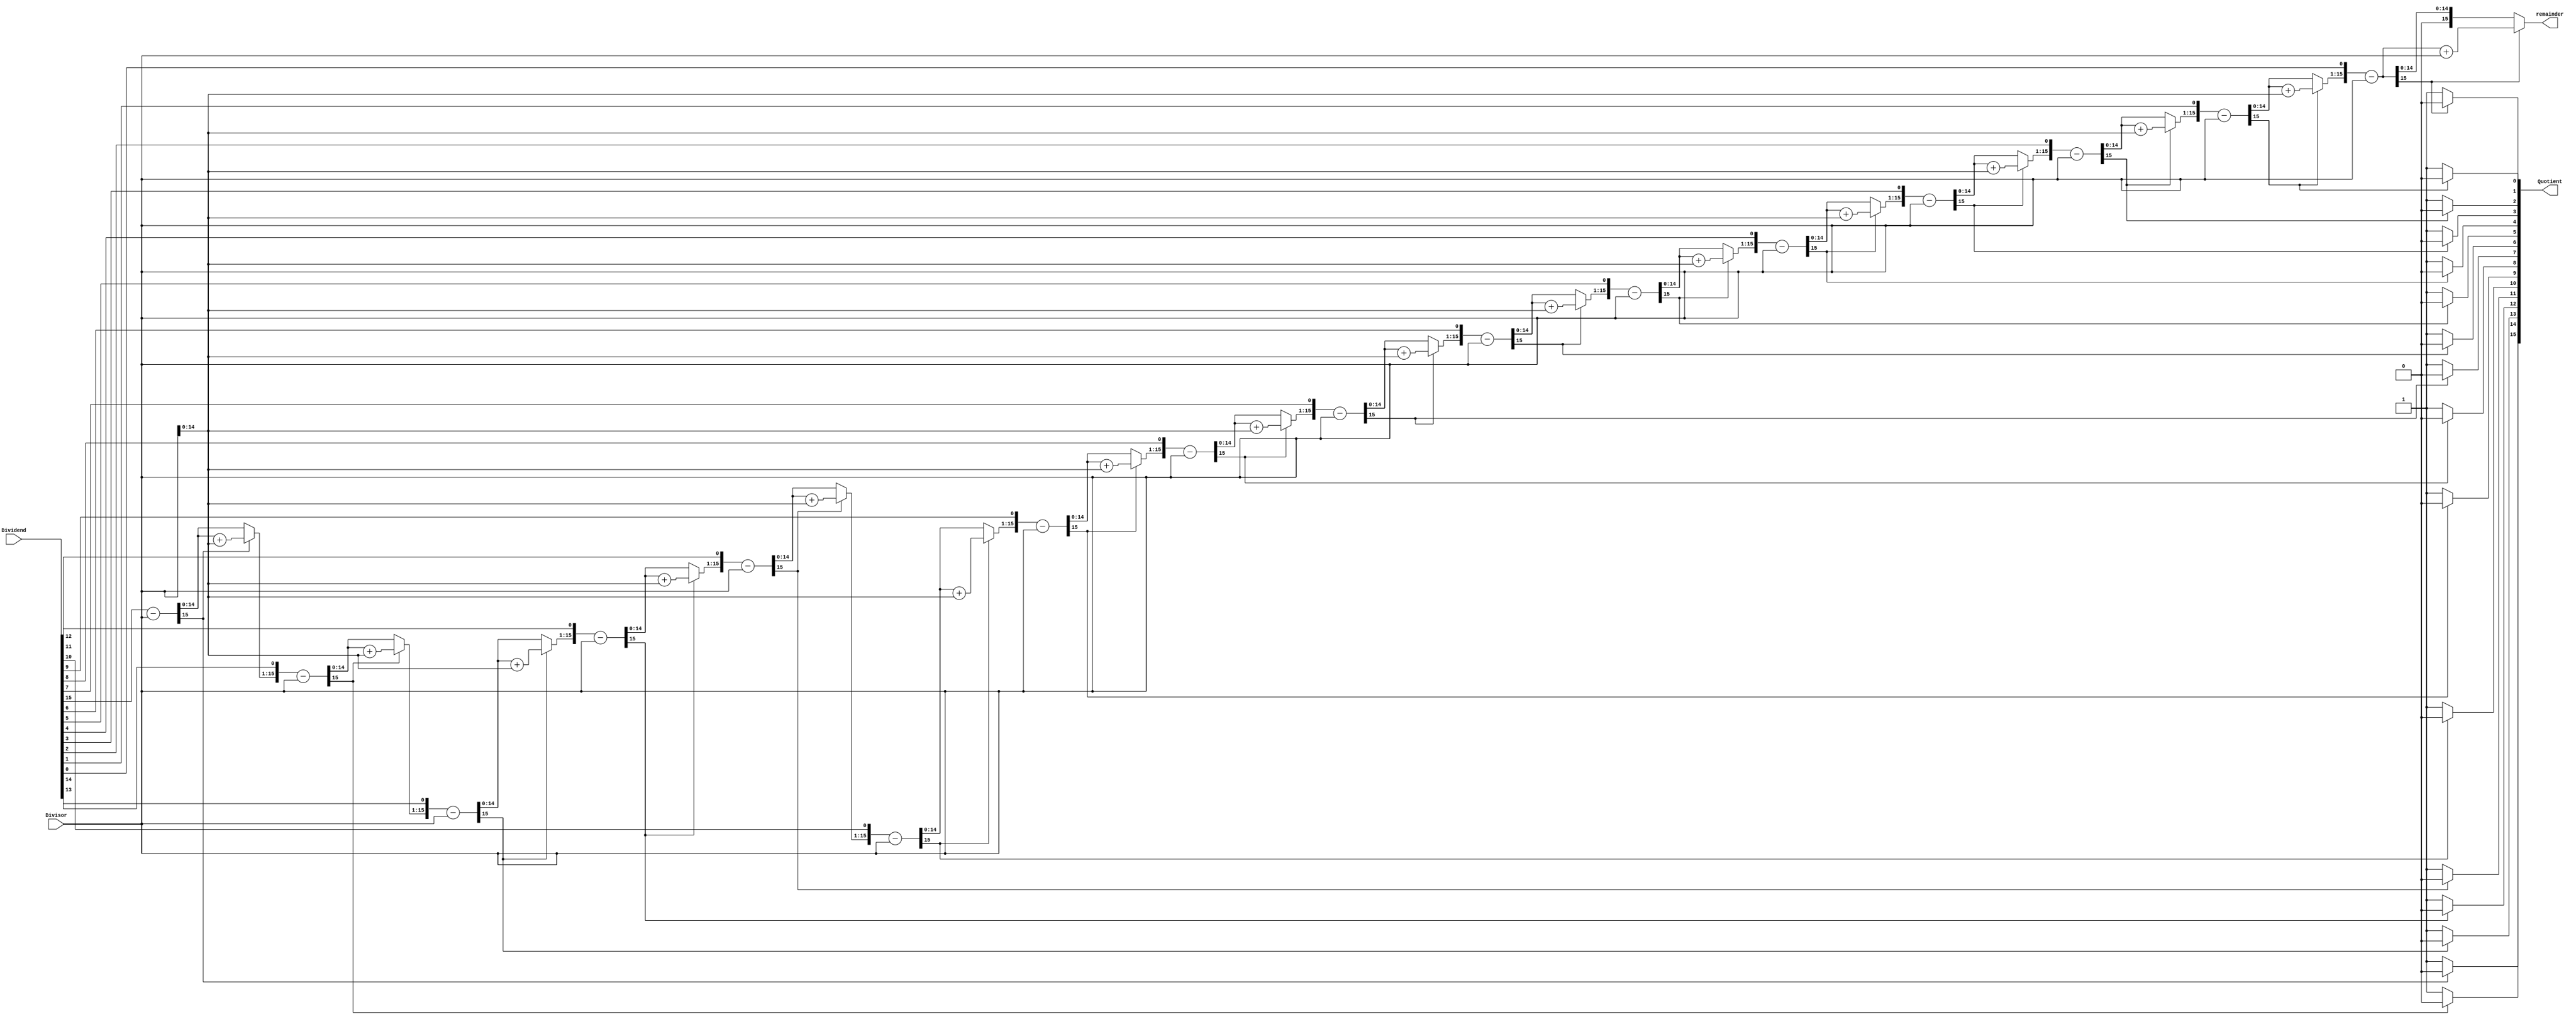
module mod #(
    parameter WIDTH = 16
) (
    input  [WIDTH-1:0] Dividend,   //
    input  [WIDTH-1:0] Divisor,    //
    output [WIDTH-1:0] remainder,  //
    output [WIDTH-1:0] Quotient    //
);

  reg [WIDTH-1:0] Dividend_reg, Divisor_reg;  //
  reg [WIDTH:0] p;  //
  integer i;  //

  always @(Dividend or Divisor) begin
    Dividend_reg = Dividend;  //
    Divisor_reg = Divisor;
    p = 0;  //
    for (i = 0; i < WIDTH; i = i + 1) begin  //0WIDTH-1
      p = {p[WIDTH-2:0], Dividend_reg[WIDTH-1]};
      Dividend_reg[WIDTH-1:1] = Dividend_reg[WIDTH-2:0];
      p = p - Divisor_reg;
      if (p[WIDTH-1] == 1) begin
        Dividend_reg[0] = 1'b0;
        p = p + Divisor_reg;
      end else Dividend_reg[0] = 1'b1;
    end

  end

  assign remainder = p, Quotient = Dividend_reg;
endmodule